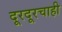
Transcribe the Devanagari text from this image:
दूरदूरचाही